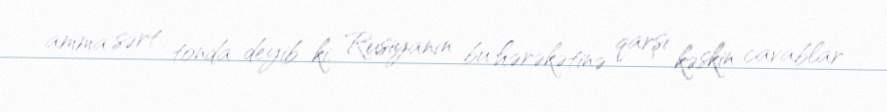
amma sərt tonda deyib ki, Rusiyanın bu hərəkətinə qarşı kəskin cavablar